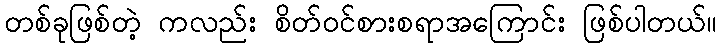
တစ်ခုဖြစ်တဲ့ ကလည်း စိတ်ဝင်စားစရာအကြောင်း ဖြစ်ပါတယ်။